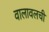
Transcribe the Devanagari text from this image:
वालावलची